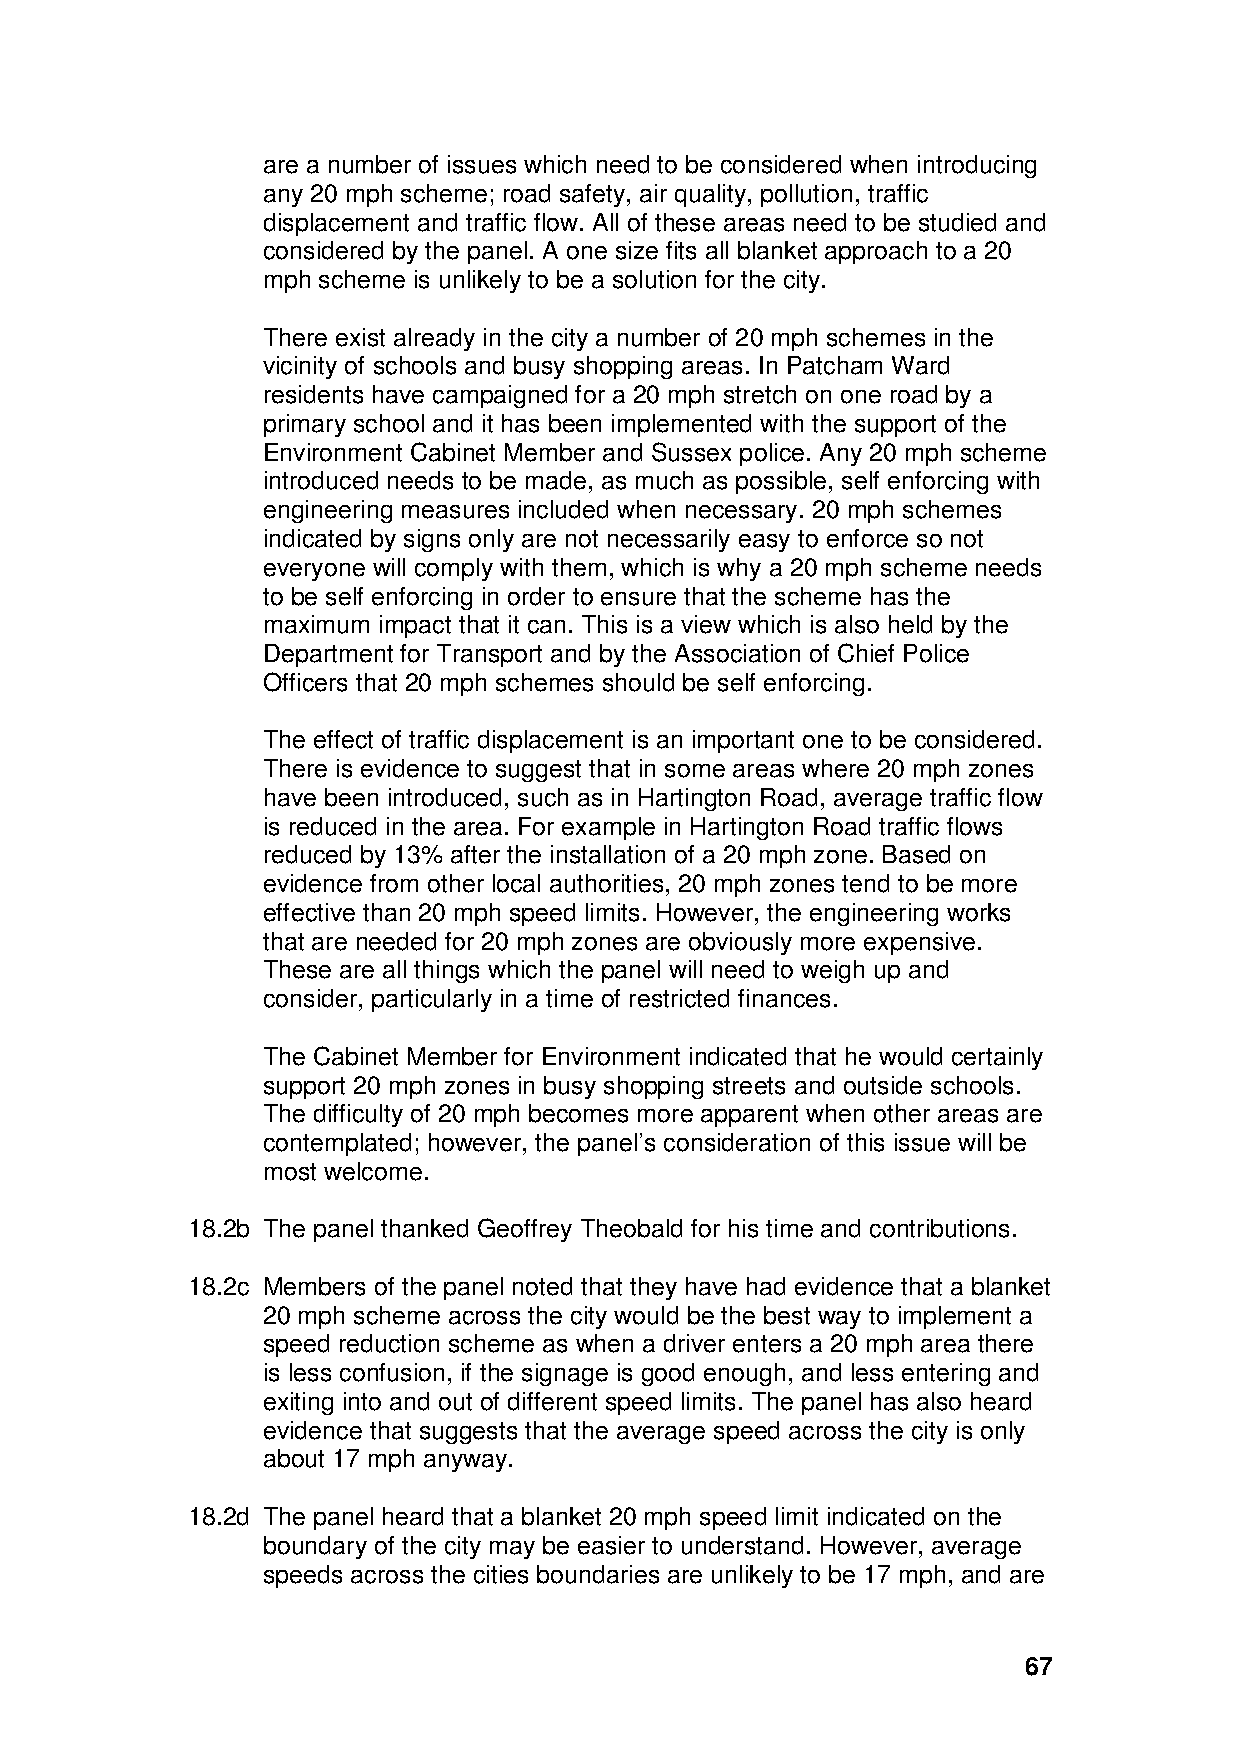
are a number of issues which need to be considered when introducing
 any 20 mph scheme; road safety, air quality, pollution, traffic
 displacement and traffic flow. All of these areas need to be studied and
 considered by the panel. A one size fits all blanket approach to a 20
 mph scheme is unlikely to be a solution for the city.
 There exist already in the city a number of 20 mph schemes in the
 vicinity of schools and busy shopping areas. In Patcham Ward
 residents have campaigned for a 20 mph stretch on one road by a
 primary school and it has been implemented with the support of the
 Environment Cabinet Member and Sussex police. Any 20 mph scheme
 introduced needs to be made, as much as possible, self enforcing with
 engineering measures included when necessary. 20 mph schemes
 indicated by signs only are not necessarily easy to enforce so not
 everyone will comply with them, which is why a 20 mph scheme needs
 to be self enforcing in order to ensure that the scheme has the
 maximum impact that it can. This is a view which is also held by the
 Department for Transport and by the Association of Chief Police
 Officers that 20 mph schemes should be self enforcing.
 The effect of traffic displacement is an important one to be considered.
 There is evidence to suggest that in some areas where 20 mph zones
 have been introduced, such as in Hartington Road, average traffic flow
 is reduced in the area. For example in Hartington Road traffic flows
 reduced by 13% after the installation of a 20 mph zone. Based on
 evidence from other local authorities, 20 mph zones tend to be more
 effective than 20 mph speed limits. However, the engineering works
 that are needed for 20 mph zones are obviously more expensive.
 These are all things which the panel will need to weigh up and
 consider, particularly in a time of restricted finances.
 The Cabinet Member for Environment indicated that he would certainly
 support 20 mph zones in busy shopping streets and outside schools.
 The difficulty of 20 mph becomes more apparent when other areas are
 contemplated; however, the panel’s consideration of this issue will be
 most welcome.
 18.2b The panel thanked Geoffrey Theobald for his time and contributions.
 18.2c Members of the panel noted that they have had evidence that a blanket
 20 mph scheme across the city would be the best way to implement a
 speed reduction scheme as when a driver enters a 20 mph area there
 is less confusion, if the signage is good enough, and less entering and
 exiting into and out of different speed limits. The panel has also heard
 evidence that suggests that the average speed across the city is only
 about 17 mph anyway.
 18.2d The panel heard that a blanket 20 mph speed limit indicated on the
 boundary of the city may be easier to understand. However, average
 speeds across the cities boundaries are unlikely to be 17 mph, and are
 67